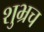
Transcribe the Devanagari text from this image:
शुभ्रच